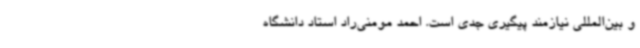
و بین‌المللی نیازمند پیگیری جدی است. احمد مومنی‌راد استاد دانشگاه